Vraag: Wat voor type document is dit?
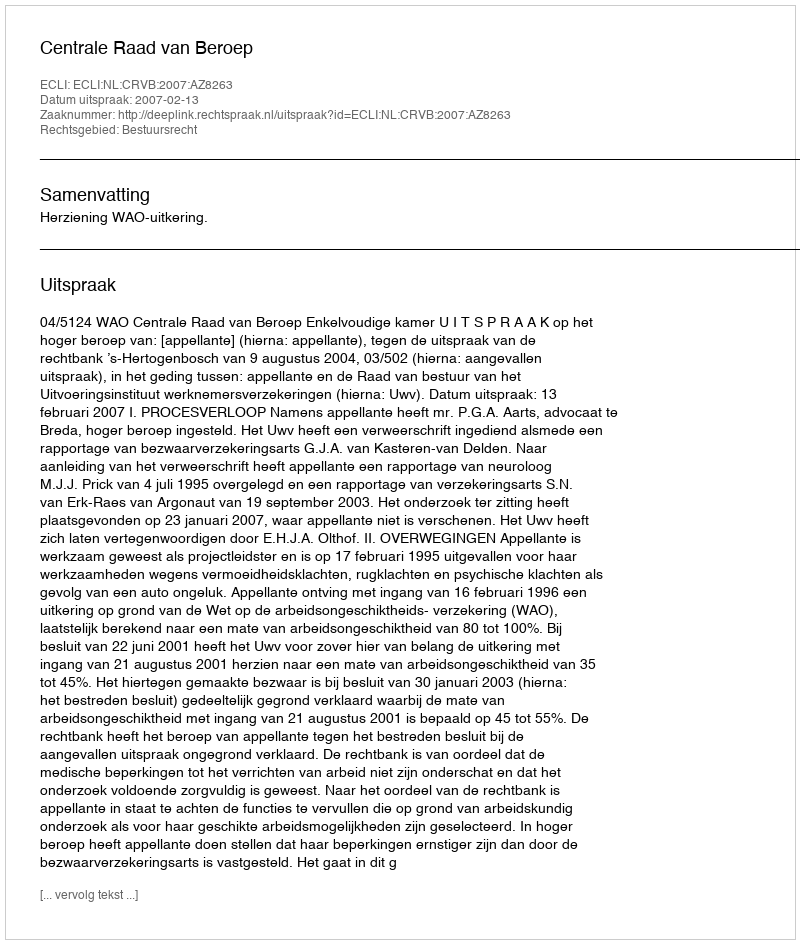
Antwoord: Uitspraak